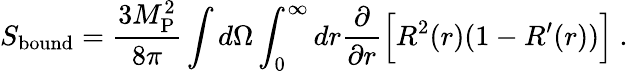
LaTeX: S_{\mathrm{bound}}={\frac{3M_{\mathrm{P}}^{2}}{8\pi}}\int d\Omega\int_{0}^{\infty}dr{\frac{\partial}{\partial r}}\Bigl[R^{2}(r)(1-R^{\prime}(r))\Bigr]\ .